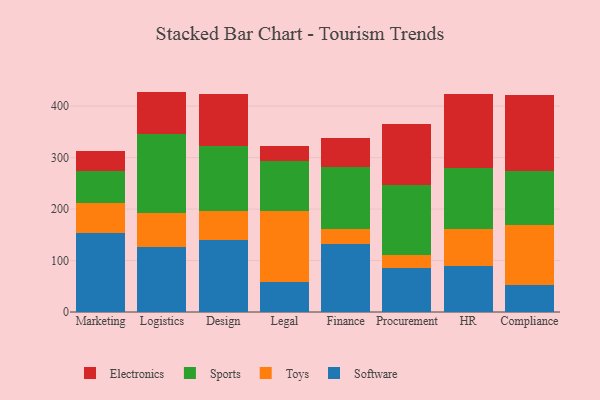
{"axis": {"x": "Department", "y": "Tickets Resolved"}, "legend": ["Electronics", "Software", "Sports", "Toys"], "data": [{"x": "Marketing", "y": 154.1, "type": "Software"}, {"x": "Marketing", "y": 58.2, "type": "Toys"}, {"x": "Marketing", "y": 62.0, "type": "Sports"}, {"x": "Marketing", "y": 39.1, "type": "Electronics"}, {"x": "Logistics", "y": 125.6, "type": "Software"}, {"x": "Logistics", "y": 67.2, "type": "Toys"}, {"x": "Logistics", "y": 153.0, "type": "Sports"}, {"x": "Logistics", "y": 82.4, "type": "Electronics"}, {"x": "Design", "y": 139.5, "type": "Software"}, {"x": "Design", "y": 57.0, "type": "Toys"}, {"x": "Design", "y": 126.4, "type": "Sports"}, {"x": "Design", "y": 101.1, "type": "Electronics"}, {"x": "Legal", "y": 58.3, "type": "Software"}, {"x": "Legal", "y": 137.6, "type": "Toys"}, {"x": "Legal", "y": 96.7, "type": "Sports"}, {"x": "Legal", "y": 29.0, "type": "Electronics"}, {"x": "Finance", "y": 132.9, "type": "Software"}, {"x": "Finance", "y": 28.0, "type": "Toys"}, {"x": "Finance", "y": 120.7, "type": "Sports"}, {"x": "Finance", "y": 55.8, "type": "Electronics"}, {"x": "Procurement", "y": 85.1, "type": "Software"}, {"x": "Procurement", "y": 25.4, "type": "Toys"}, {"x": "Procurement", "y": 135.4, "type": "Sports"}, {"x": "Procurement", "y": 119.5, "type": "Electronics"}, {"x": "HR", "y": 89.5, "type": "Software"}, {"x": "HR", "y": 72.7, "type": "Toys"}, {"x": "HR", "y": 117.3, "type": "Sports"}, {"x": "HR", "y": 144.1, "type": "Electronics"}, {"x": "Compliance", "y": 53.2, "type": "Software"}, {"x": "Compliance", "y": 116.3, "type": "Toys"}, {"x": "Compliance", "y": 103.6, "type": "Sports"}, {"x": "Compliance", "y": 148.5, "type": "Electronics"}]}